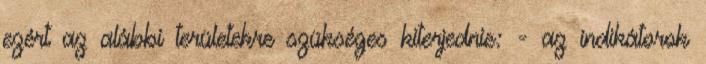
ezért az alábbi területekre szükséges kiterjednie: - az indikátorok